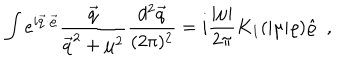
\int e ^ { i \vec { q } \cdot \vec { \varrho } } \frac { \vec { q } } { \vec { q } ^ { 2 } + \mu ^ { 2 } } \frac { d ^ { 2 } \vec { q } } { ( 2 \pi ) ^ { 2 } } = i \frac { | \mu | } { 2 \pi } K _ { 1 } ( | \mu | \varrho ) \hat { \varrho } ~ ~ ,